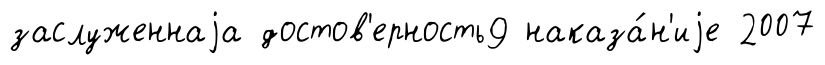
заслуженнаjа достов'ерность9 наказа́н'иjе 2007